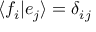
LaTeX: \langle f _ { i } | e _ { j } \rangle = \delta _ { i j }